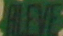
ALEVE